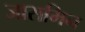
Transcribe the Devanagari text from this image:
जासमिन